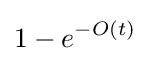
1-e^{-O(t)}